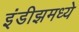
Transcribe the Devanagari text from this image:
इंडीझमध्ये